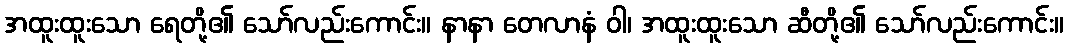
အထူးထူးသော ရေတို့၏ သော်လည်းကောင်း။ နာနာ တေလာနံ ဝါ၊ အထူးထူးသော ဆီတို့၏ သော်လည်းကောင်း။